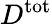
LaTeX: D^{\mathrm{tot}}